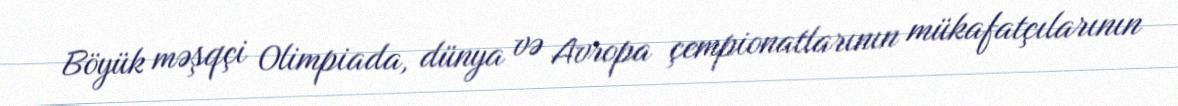
Böyük məşqçi Olimpiada, dünya və Avropa çempionatlarının mükafatçılarının